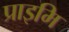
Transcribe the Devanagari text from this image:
प्राइमि